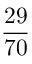
\frac { 2 9 } { 7 0 }